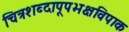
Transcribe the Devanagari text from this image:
चित्रशब्दापूपभक्षविपाक